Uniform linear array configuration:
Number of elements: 64
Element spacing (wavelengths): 0.5
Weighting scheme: hann
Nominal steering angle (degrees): -45
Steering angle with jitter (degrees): -46.463
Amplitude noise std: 0.05
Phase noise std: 0.05

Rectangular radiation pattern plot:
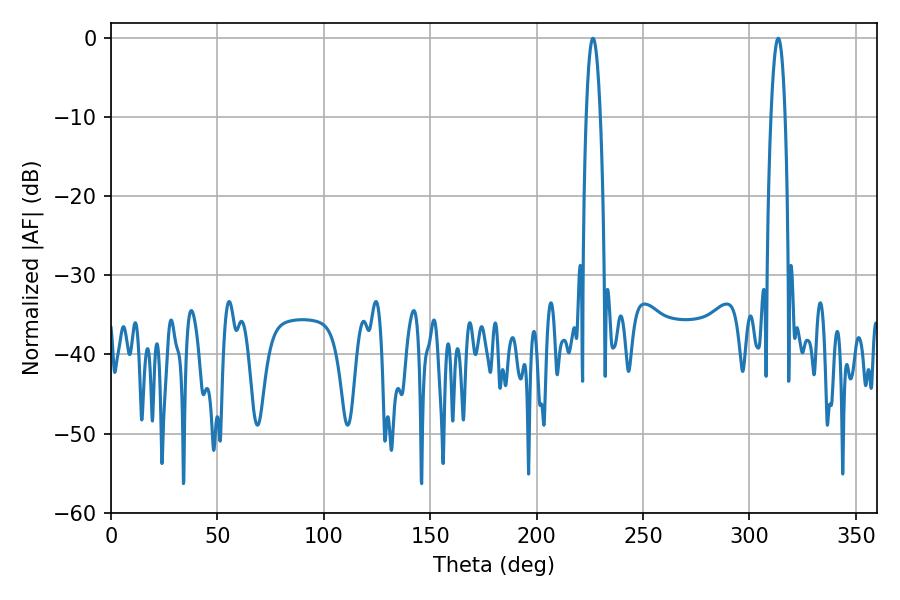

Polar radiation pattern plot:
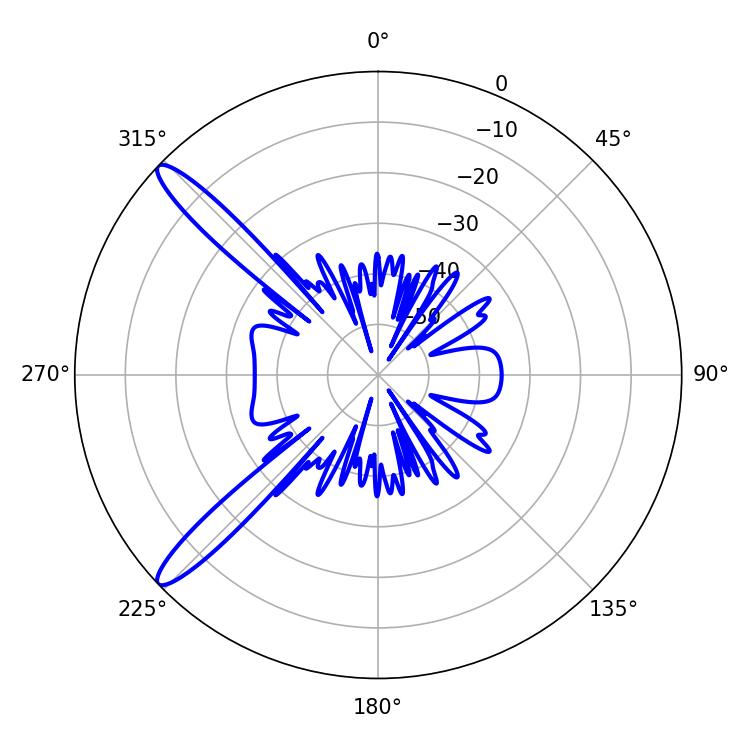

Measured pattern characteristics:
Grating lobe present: FALSE
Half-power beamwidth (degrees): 3.78
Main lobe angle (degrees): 226.44